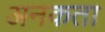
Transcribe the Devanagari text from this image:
अनकता